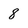
Character: 8